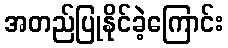
အတည်ပြုနိုင်ခဲ့ကြောင်း